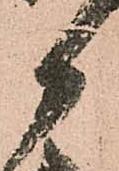
御